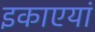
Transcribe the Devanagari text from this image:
इकाएयां